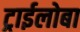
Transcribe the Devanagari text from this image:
ट्राईलोबा